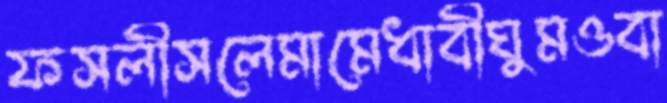
ফসলীসলেমামেধাবীঘুমওবা